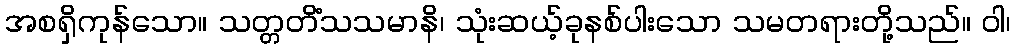
အစရှိကုန်သော။ သတ္တတိံသသမာနိ၊ သုံးဆယ့်ခုနစ်ပါးသော သမတရားတို့သည်။ ဝါ၊